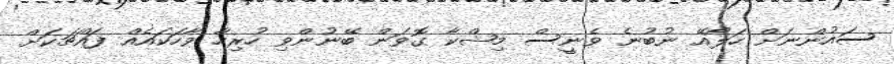
ސައުންނަށް ހަލޯއޭ ނުބުނެ ވެނީސް މިޝްކާ ގޮވަން ބޭނުންވި ހުރިހާ ވާހަކައެއް ފައްޗަކަށް